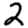
Digit: 2